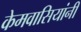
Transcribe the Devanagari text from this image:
केमवासियांनी